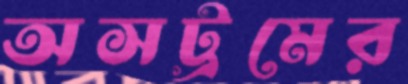
অসট্রমের